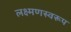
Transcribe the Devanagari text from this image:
लक्ष्मणस्वरूप